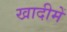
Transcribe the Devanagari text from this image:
खादीमें